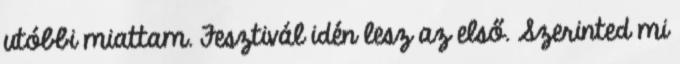
utóbbi miattam. Fesztivál idén lesz az első. Szerinted mi